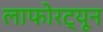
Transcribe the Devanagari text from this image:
लाफोरट्यून